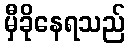
မှီခိုနေရသည်